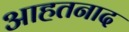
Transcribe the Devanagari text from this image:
आहतनाद